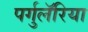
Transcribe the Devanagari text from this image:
पर्गुलॅरिया